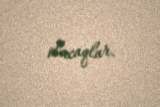
olacaqlar.